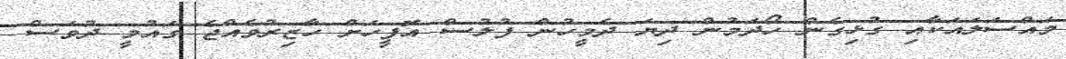
މައްސަލައަކާއި ގުޅިގެން ހޯދަމުން ދިޔަ ދެމީހުން ފުލުސް އޮފީހަށް ހާޒިރުވެއްޖެ ގައުމީ ދުވަސް